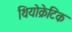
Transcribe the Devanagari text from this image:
थियोक्रेटिक